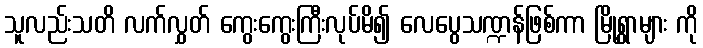
သူလည်းသတိ လက်လွှတ် ကွေးကွေးကြီးလုပ်မိ၍ လေပွေသဏ္ဍန်ဖြစ်ကာ မြို့ရွာများ ကို